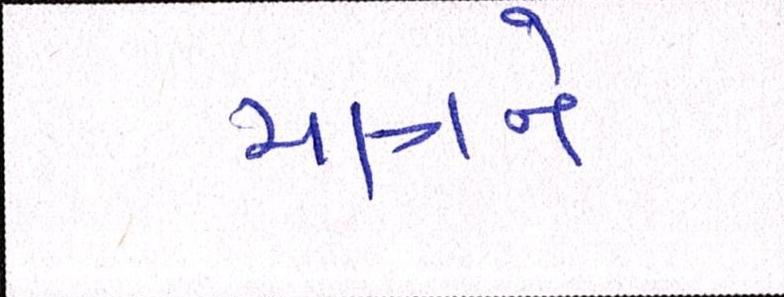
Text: માત્રને